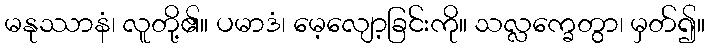
မနုဿာနံ၊ လူတို့၏။ ပမာဒံ၊ မေ့လျော့ခြင်းကို။ သလ္လက္ခေတွာ၊ မှတ်၍။